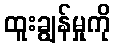
ထူးချွန်မှုကို